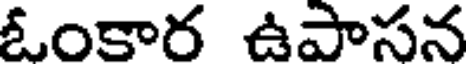
ఓంకార ఉపాసన